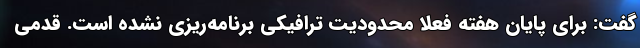
گفت: برای پایان هفته فعلاً محدودیت ترافیکی برنامه‌ریزی نشده است. قدمی